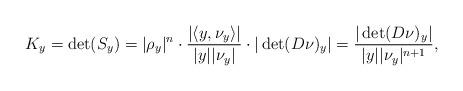
LaTeX: \begin{align*} K_y = \det(S_y) =|\rho_y|^n \cdot \frac{|\langle y, \nu_y \rangle|}{|y| |\nu_y|} \cdot |\det (D \nu)_y| = \frac{|\det (D \nu)_y|}{|y| |\nu_y|^{n+1}}, \end{align*}